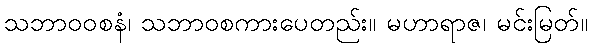
သဘာဝဝစနံ၊ သဘာဝစကားပေတည်း။ မဟာရာဇ၊ မင်းမြတ်။